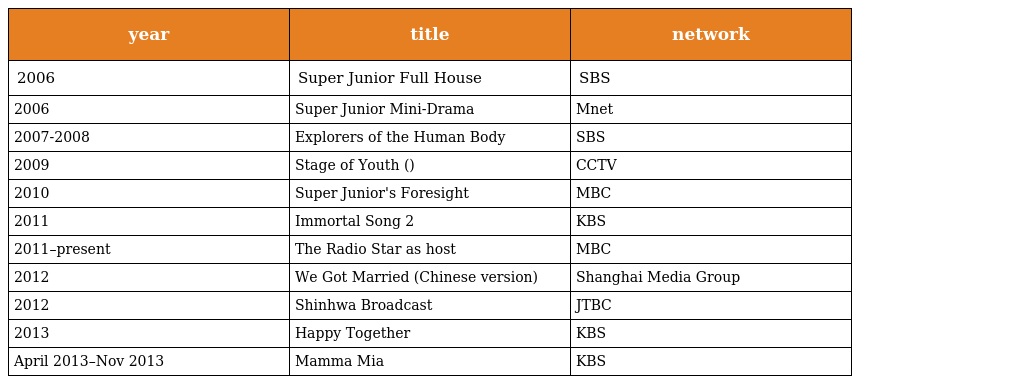
| year | title | network |
 | --- | --- | --- |
 | 2006 | Super Junior Full House | SBS |
 | 2006 | Super Junior Mini-Drama | Mnet |
 | 2007-2008 | Explorers of the Human Body | SBS |
 | 2009 | Stage of Youth (青春舞台) | CCTV |
 | 2010 | Super Junior's Foresight | MBC |
 | 2011 | Immortal Song 2 | KBS |
 | 2011–present | The Radio Star as host | MBC |
 | 2012 | We Got Married (Chinese version) | Shanghai Media Group |
 | 2012 | Shinhwa Broadcast | JTBC |
 | 2013 | Happy Together | KBS |
 | April 2013–Nov 2013 | Mamma Mia | KBS |